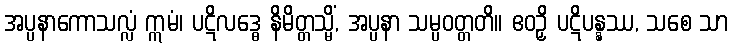
အပ္ပနာကောသလ္လံ ဣမံ၊ ပဋိလဒ္ဓေ နိမိတ္တသ္မိံ, အပ္ပနာ သမ္ပဝတ္တတိ။ ဧဝဉှိ ပဋိပန္နဿ, သစေ သာ